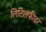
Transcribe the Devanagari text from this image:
लिटिलफीदर